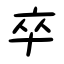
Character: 卒